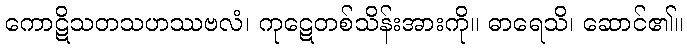
ကောဋိသတသဟဿဗလံ၊ ကုဋေတစ်သိန်းအားကို။ ဓာရေသိ၊ ဆောင်၏။